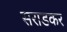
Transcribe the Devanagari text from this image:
सराडकर